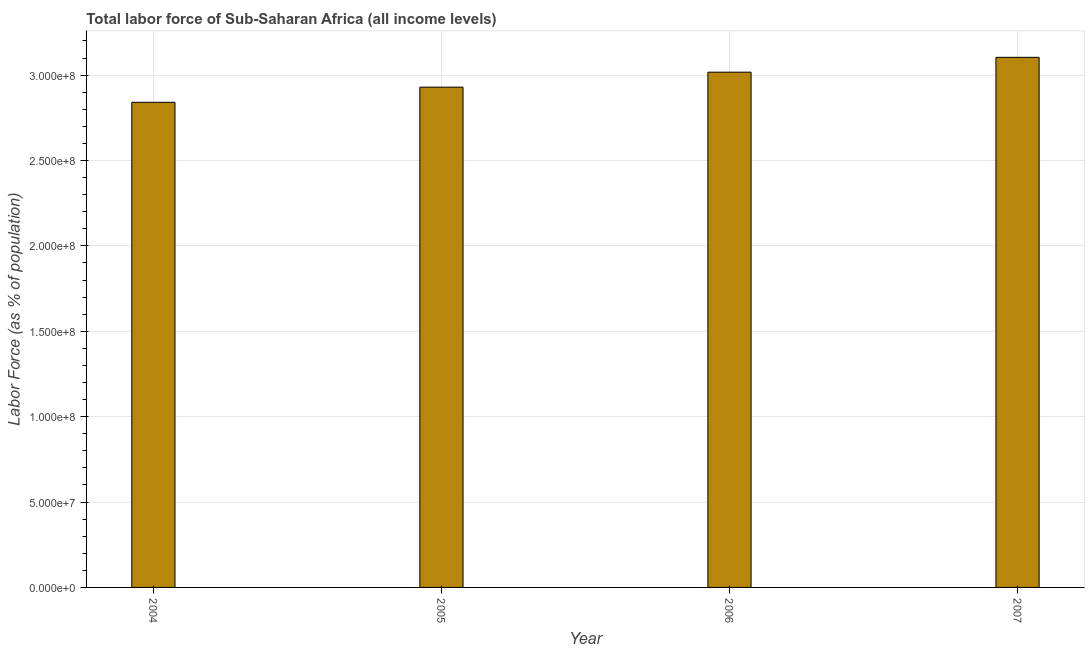
| Year | Labor force |
 | --- | --- |
 | 2004 | 2.84e+08 |
 | 2005 | 2.93e+08 |
 | 2006 | 3.02e+08 |
 | 2007 | 3.1e+08 |